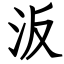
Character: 汳